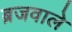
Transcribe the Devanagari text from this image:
ब्रजवाले